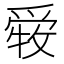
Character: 𤔤